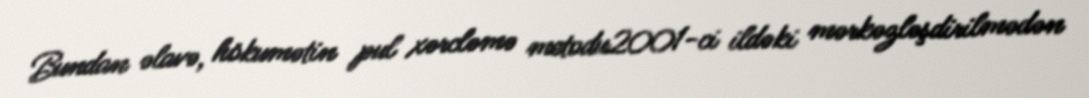
Bundan əlavə, hökumətin pul xərcləmə metodu2001-ci ildəki mərkəzləşdirilmədən